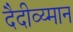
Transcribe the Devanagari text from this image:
दैदीव्य्मान